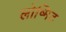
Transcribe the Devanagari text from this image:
लोष्मिट